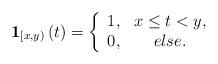
LaTeX: \begin{align*}\mathbf{1}_{\left[x,y\right)}\left(t\right)=\left\{ \begin{array}{cc}1, & x\leq t<y,\\0, & else.\end{array}\right.\end{align*}